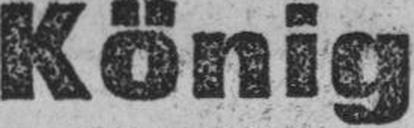
König